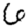
Digit: 6